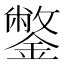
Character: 鐅